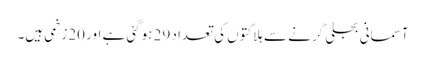
آسمانی بجلی گرنے سے ہلاکتوں کی تعداد 29 ہوگئی ہے اور 20زخمی ہیں۔